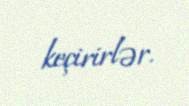
keçirirlər.